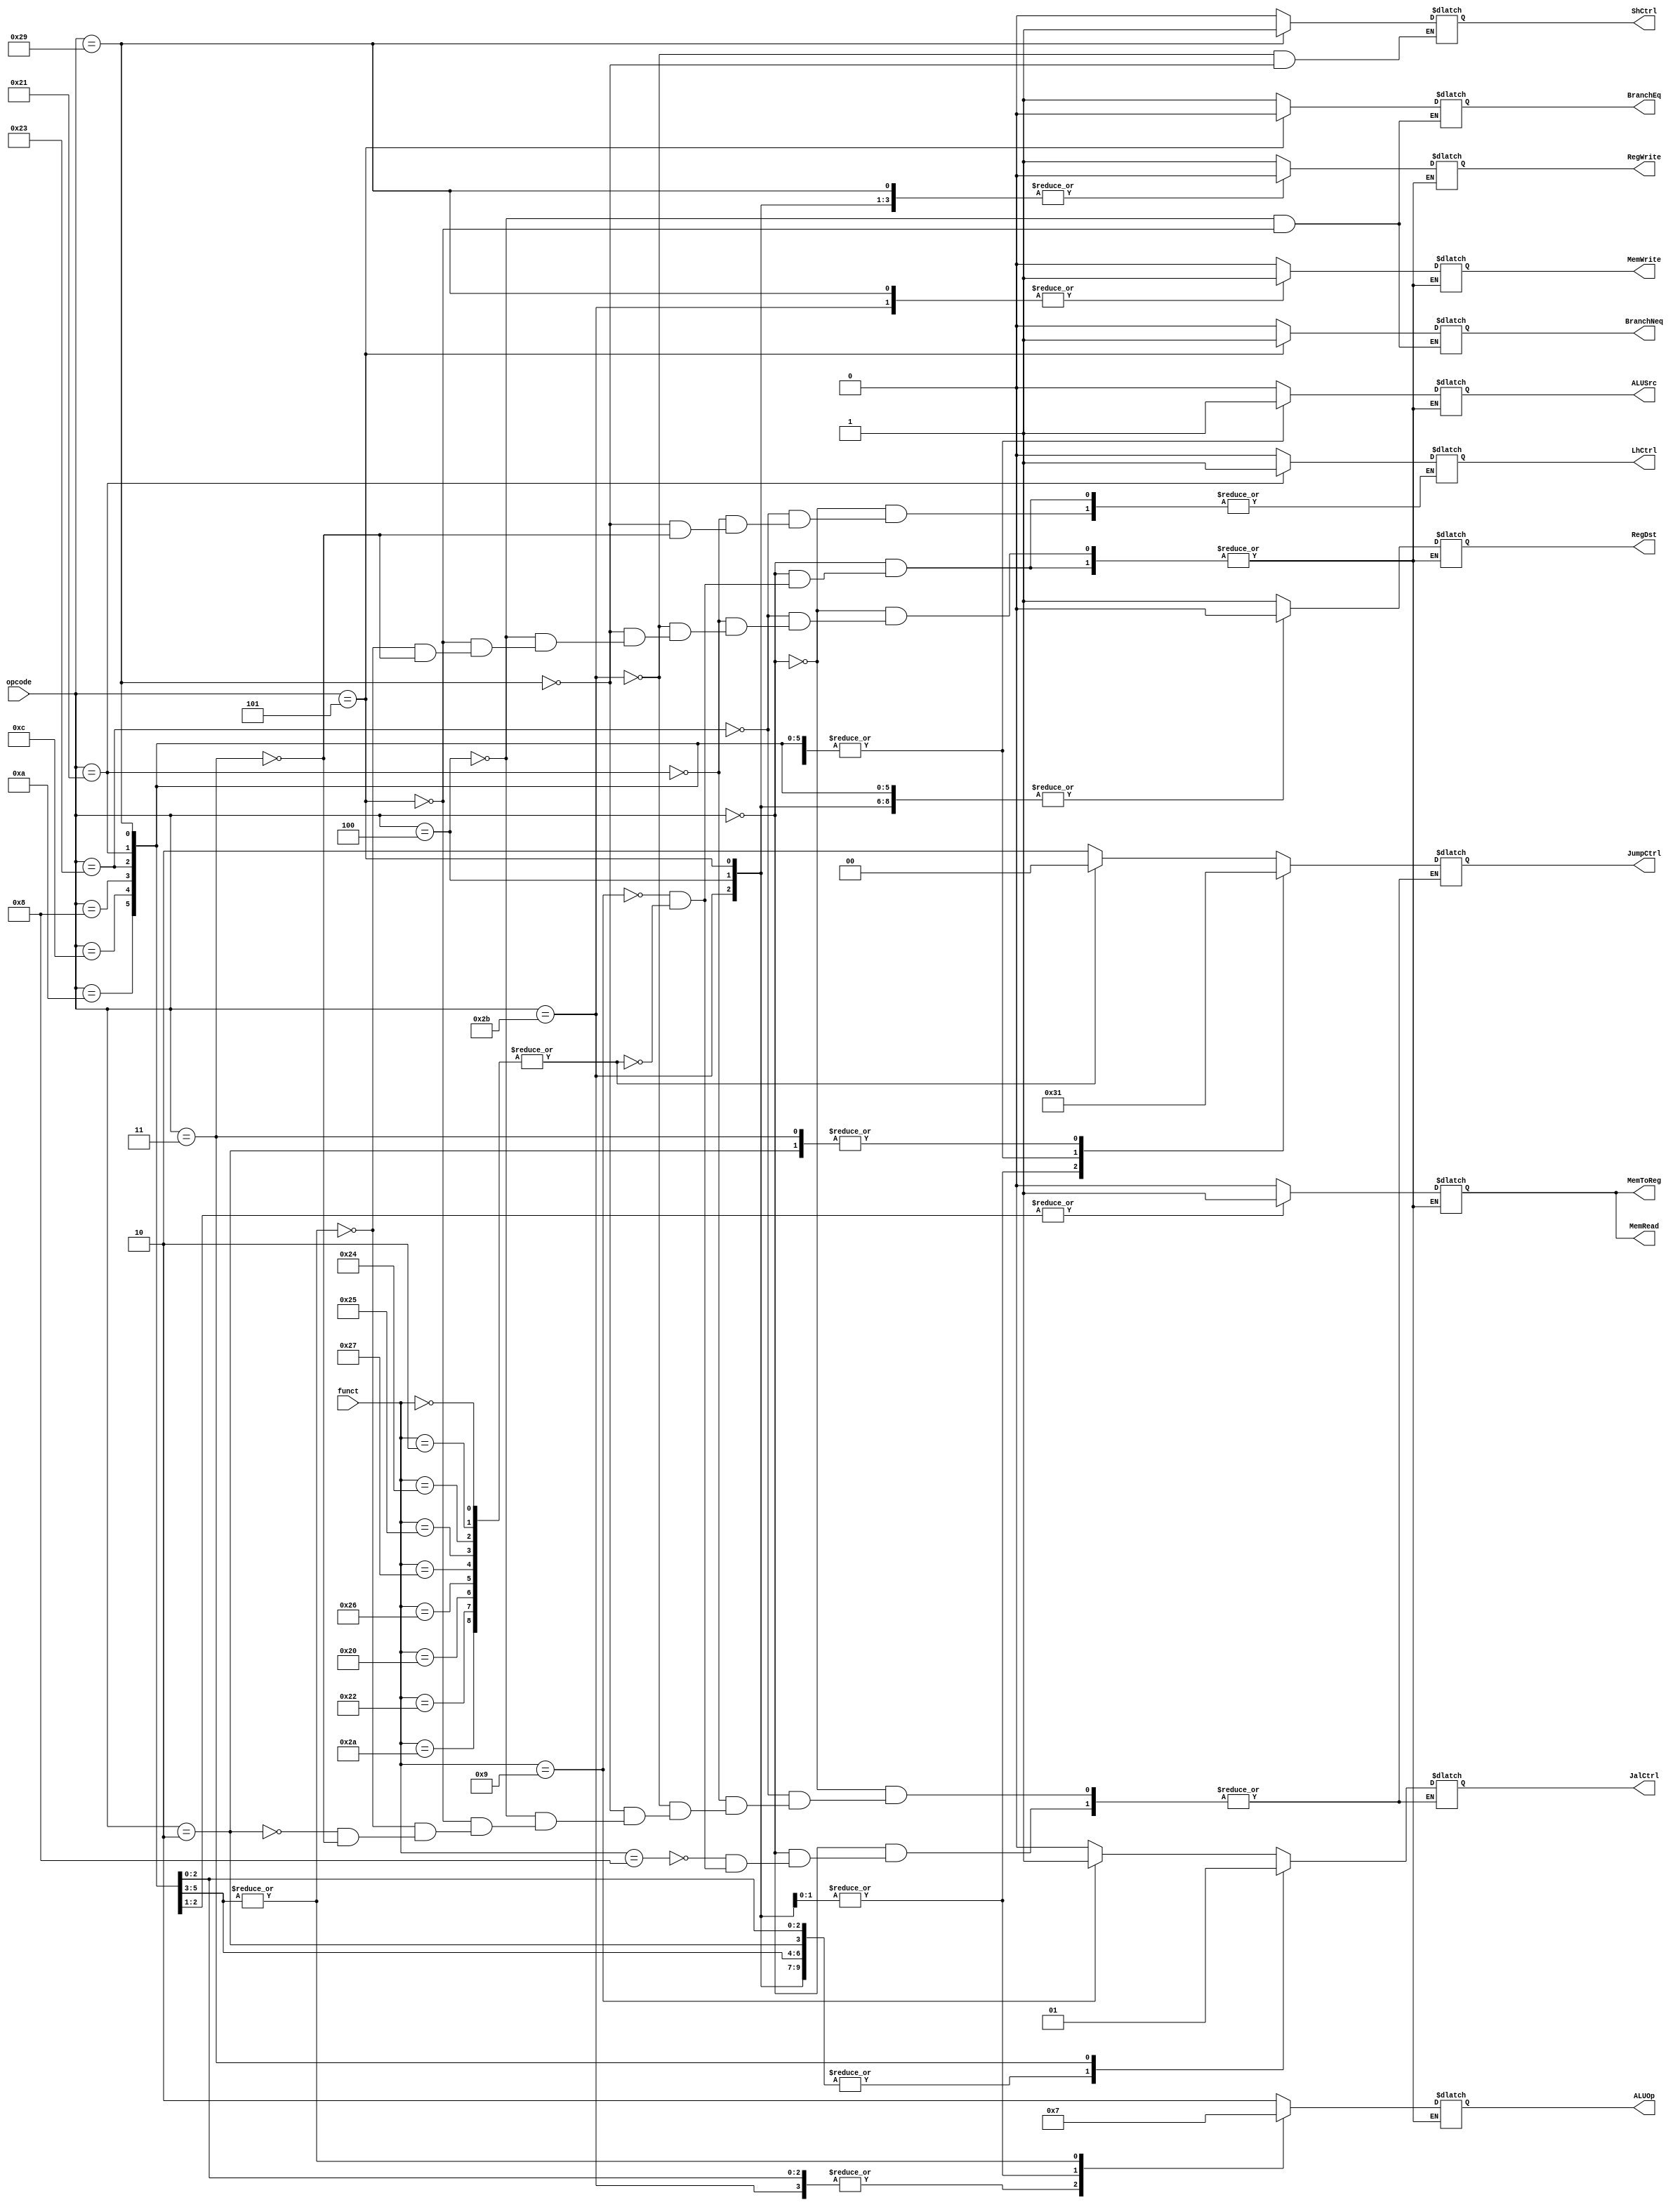
// Controller

module Controller ( opcode,//input
					funct,//input
					RegDst,
					JumpCtrl,
					JalCtrl,
					BranchEq,
					BranchNeq,
					MemRead,
					MemToReg,
					ALUOp,
					MemWrite,
					ALUSrc,
					RegWrite,
					LhCtrl,
					ShCtrl
					);
	 
	 
	 //Instruction Opcode table shoule list all the Instruction we need
     parameter Rtype = 6'b000000;//0
	 parameter    LH = 6'b100001;//33
	 parameter    LW = 6'b100011;//35
	 parameter    SH = 6'b101001;//41
	 parameter    SW = 6'b101011;//43
	 parameter   BEQ = 6'b000100;//4
	 parameter   BNE = 6'b000101;//5
	 parameter  ADDI = 6'b001000;//8
     parameter  ANDI = 6'b001100;//12
     parameter  SLTI = 6'b001010;//10
	 parameter  Jump = 6'b000010;//2
	 parameter  Jal  = 6'b000011;//3
	 
	 
	 //funct code	 
	 parameter   Jr = 6'b001000;//8
	 parameter Jalr = 6'b001001;//9
	 
	parameter F_SLL = 6'b000000;//0
	parameter F_SRL = 6'b000010;//2
	parameter F_AND = 6'b100100;//36
	parameter F_OR  = 6'b100101;//37
	parameter F_NOR = 6'b100111;//39
	parameter F_XOR = 6'b100110;//38
	parameter F_ADD = 6'b100000;//32
	parameter F_SUB = 6'b100010;//34
	parameter F_SLT = 6'b101010;//42 
					

	input [5:0]  opcode;
	input [5:0]	 funct;
	 
	output reg [1:0]  ALUOp;
	output reg [1:0]  JumpCtrl;
	output reg RegDst,BranchEq,BranchNeq,MemRead,MemToReg,MemWrite, ALUSrc ,RegWrite ,JalCtrl,LhCtrl, ShCtrl ; 
    
    initial begin
	   RegDst=0;
	   JumpCtrl=2'b00;
	   JalCtrl=0;
	   BranchEq=0;
	   BranchNeq=0;
	   BranchNeq=0;
	   MemRead=0;
	   MemToReg=0;
	   MemWrite=0;
	   ALUSrc=0;
	   RegWrite=0;
	   LhCtrl=0;
	   ShCtrl=0;
	end
	
	/*always @* begin		
		$display("Opcode1 is %b \n",opcode);		
	end*/	
		
	always @(*) begin
	
		case(opcode) 
			Rtype:begin					
				 case(funct)
					  Jr:begin 
						JumpCtrl=2'b10; //2
						JalCtrl=0;
						end
					Jalr:
						begin
						JumpCtrl=2'b10; //2
						JalCtrl=1;
						RegDst=1;
						MemRead=0;
						MemToReg=0;
						MemWrite=0;
						ALUSrc=0;
						RegWrite=1;
						ALUOp=2'b10;
						LhCtrl=0;
					  end
		F_SLL ,F_SRL ,F_AND ,F_OR ,F_NOR ,F_XOR ,F_ADD ,F_SUB ,F_SLT:
					begin	
						RegDst=1;
						JumpCtrl=2'b00;
						MemRead=0;
						MemToReg=0;
						MemWrite=0;
						ALUSrc=0;
						RegWrite=1;
						ALUOp=2'b10;
						LhCtrl=0;
						JalCtrl=0;
					end
				endcase					 						
			  end
			 LW:
			    begin
					RegDst=0;
					JumpCtrl=2'b00;
					MemRead=1;
					MemToReg=1;
					MemWrite=0;
					ALUSrc=1;
					RegWrite=1;
					ALUOp=2'b00;
					LhCtrl=0;
					JalCtrl=0;
				end	
			 LH:
			    begin
					RegDst=0;
					JumpCtrl=2'b00;
					MemRead=1;
					MemToReg=1;
					MemWrite=0;
					ALUSrc=1;
					RegWrite=1;
					ALUOp=2'b00;
					LhCtrl=1;
					JalCtrl=0;					
				end		
			 SW:
			    begin
					RegDst=0;
					JumpCtrl=2'b00;
					MemRead=0;
					MemToReg=0;
					MemWrite=1;
					ALUSrc=1;
					RegWrite=0;
					ALUOp=2'b00;
					ShCtrl=0;
					JalCtrl=0;
				end
			 SH:
			    begin
					RegDst=0;
					JumpCtrl=2'b00;
					MemRead=0;
					MemToReg=0;
					MemWrite=1;
					ALUSrc=1;
					RegWrite=0;
					ALUOp=2'b00;
					LhCtrl=0;
					ShCtrl=1;
					JalCtrl=0;		
				end			
			BEQ:
			    begin
					RegDst=0;
					JumpCtrl=2'b11;
					MemRead=0;
					MemToReg=0;
					MemWrite=0;
					ALUSrc=0;
					RegWrite=0;
					BranchEq=1;
					BranchNeq=0;
					ALUOp=2'b01;
					JalCtrl=0;					
				end	
			BNE:
			    begin
					RegDst=0;
					JumpCtrl=2'b11;
					MemRead=0;
					MemToReg=0;
					MemWrite=0;
					ALUSrc=0;
					RegWrite=0;
					BranchEq=0;
					BranchNeq=1;
					ALUOp=2'b01;
					JalCtrl=0;	
				end				
  ADDI,ANDI,SLTI:
		        begin
					RegDst=0;
					JumpCtrl=2'b00;
					MemRead=0;
					MemToReg=0;
					MemWrite=0;
					ALUSrc=1;
					RegWrite=1;
					ALUOp=2'b11;
					JalCtrl=0;	
				end		
			Jump:
			     begin
				 JumpCtrl=2'b01;
				 JalCtrl=0;
				 end
			Jal:
				begin
				 JumpCtrl=2'b01;
				 JalCtrl=1;
				 RegDst=1;
				 MemRead=0;
				 MemToReg=0;
				 MemWrite=0;
				 ALUSrc=0;
				 RegWrite=1;
				 ALUOp=2'b10;
				 LhCtrl=0;
				 end	 
		default:
			    begin
				$display("Opcode is %b \n",opcode);
				end
		endcase
		
		
	end
	
endmodule